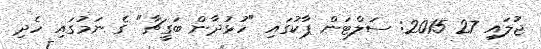
ޖުލައި 27 2015: ސަލްޓަން ޕާކުގައި "ހުޅުދާން ބަގީޗާ" ގެ ނަމުގައި ހެދި